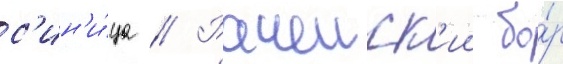
с'ин'и́ца // Рачеиск'ии бо́р